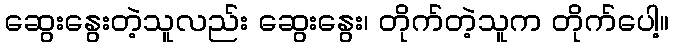
ဆွေးနွေးတဲ့သူလည်း ဆွေးနွေး၊ တိုက်တဲ့သူက တိုက်ပေါ့။